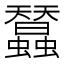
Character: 蠺